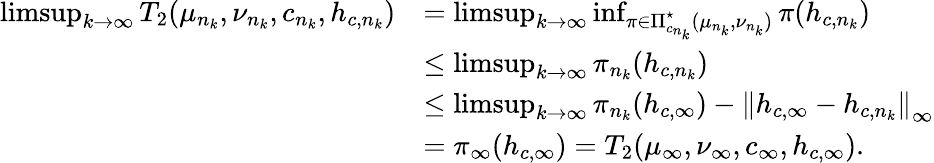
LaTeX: \begin{array}{rl}{\operatorname*{limsup}_{k\rightarrow\infty}T_{2}(\mu_{n_{k}},\nu_{n_{k}},c_{n_{k}},h_{c,{n_{k}}})}&{=\operatorname*{limsup}_{k\rightarrow\infty}\operatorname*{inf}_{\pi\in\Pi_{c_{n_{k}}}^{\star}(\mu_{n_{k}},\nu_{n_{k}})}\pi(h_{c,{n_{k}}})}\\ &{\leq\operatorname*{limsup}_{k\rightarrow\infty}\pi_{n_{k}}(h_{c,{n_{k}}})}\\ &{\leq\operatorname*{limsup}_{k\rightarrow\infty}\pi_{n_{k}}(h_{c,{\infty}})-\left\| h_{c,{\infty}}-h_{c,{n_{k}}}\right\| _{\infty}}\\ &{=\pi_{\infty}(h_{c,{\infty}})=T_{2}(\mu_{\infty},\nu_{\infty},c_{\infty},h_{c,{\infty}}).}\end{array}